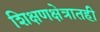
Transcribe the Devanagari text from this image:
शिक्षणक्षेत्रातही